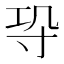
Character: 𭔫